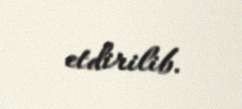
etdirilib.